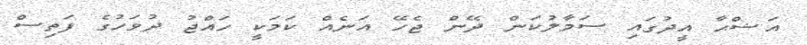
އަޟްޙާ އީދުގައި ސަމާލުކަން ދޭން ޖެހޭ އަނެއް ކަމަކީ ހައްޖު ދުވަހުގެ ފަތިސް